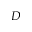
D